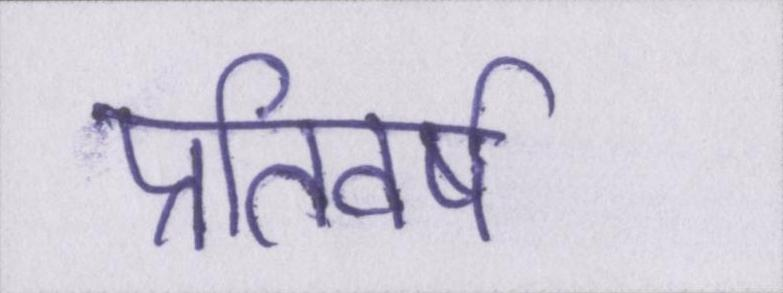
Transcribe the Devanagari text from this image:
प्रतिवर्ष